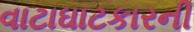
વાટાઘાટકારની